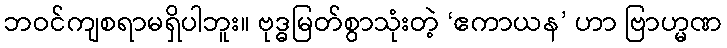
ဘဝင်ကျစရာမရှိပါဘူး။ ဗုဒ္ဓမြတ်စွာသုံးတဲ့ ‘ဧကာယန’ ဟာ ဗြာဟ္မဏ